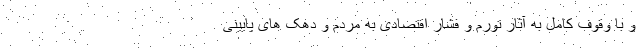
و با وقوف کامل به آثار تورم و فشار اقتصادی به مردم و دهک های پایینی